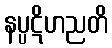
နပ္ပဋိဟညတိ